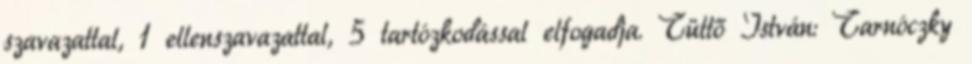
szavazattal, 1 ellenszavazattal, 5 tartózkodással elfogadja. Tüttő István: Tarnóczky